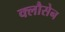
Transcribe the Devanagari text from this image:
क्लौसेन